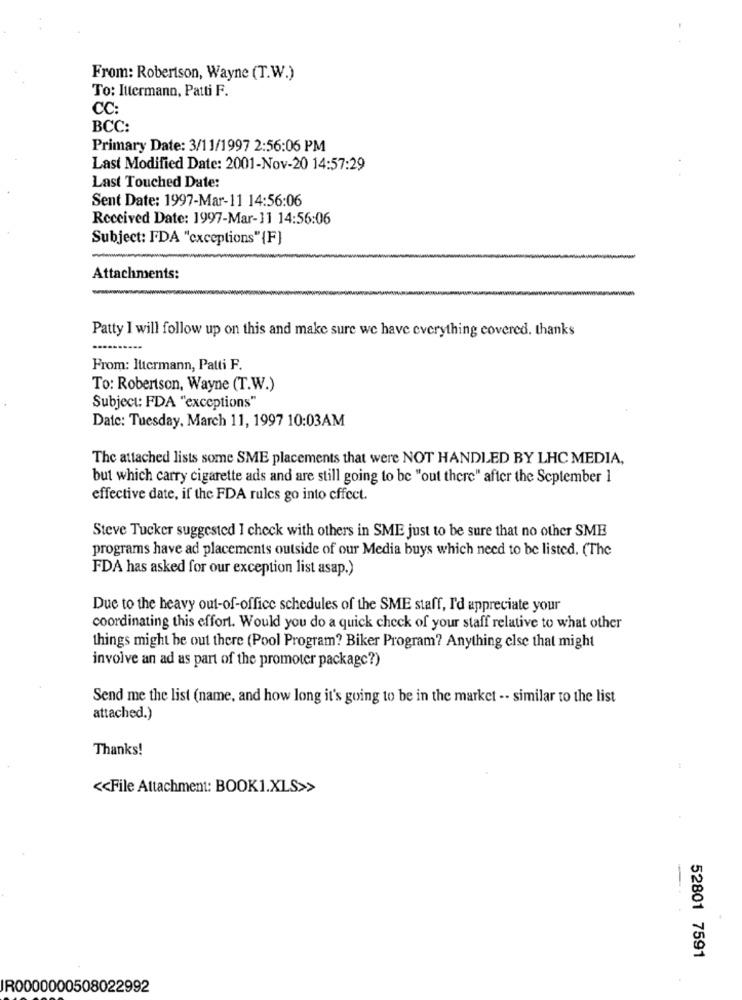
From: Robertson, Wayne (T.W.)
To: Ittermann, Patti F.
CC:
BCC:
Primary Date: 3/11/1997 2:56:06 PM
Last Modified Date: 2001-Nov-20 14:57:29
Last Touched Date:
Sent Date: 1997-Mar-11 14:56:06
Received Date: 1997-Mar-11 14:56:06
Subject: FDA "exceptions"{F]
Attachments:
Patty I will follow up on this and make sure we have everything covered. thanks
From: lutermann, Patti F.
To: Robertson, Wayne (T.W.)
Subject: FDA "exceptions"
Date: Tuesday, March 11, 1997 10:03AM
The attached lists some SME placements that were NOT HANDLED BY LHC MEDIA,
but which carry cigarette ads and are still going to be "out there" after the September 1
effective date, if the FDA rules go into effect.
Steve Tucker suggested I check with others in SME just to be sure that no other SME
programs have ad placements outside of our Media buys which need to be listed. (The
FDA has asked for our exception list asap.)
Due to the heavy out-of-office schedules of the SME staff, I'd appreciate your
coordinating this effort. Would you do a quick check of your staff relative to what other
things might be out there (Pool Program? Biker Program? Anything else that might
involve an ad as part of the promoter package?)
Send me the list (name, and how long it's going to be in the market -- similar to the list
attached.)
Thanks!
<< File Attachment: BOOK1.XLS>>
52801 7591
IR0000000508022992